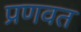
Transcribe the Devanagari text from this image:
प्रणवत